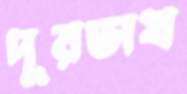
দূরভাষ